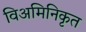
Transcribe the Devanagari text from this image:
विअमिनिकृत